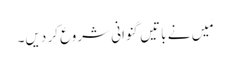
مَیں نے باتیں گنوانی شروع کر دیں۔